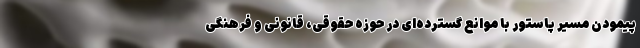
پیمودن مسیر پاستور با موانع گسترده‌ای در حوزه حقوقی، قانونی و فرهنگی